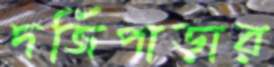
দর্জিপাড়ার